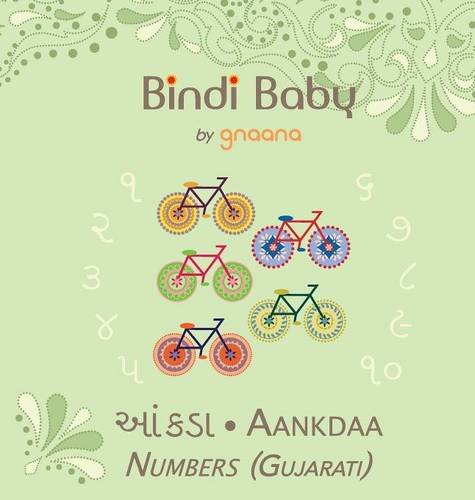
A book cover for Bindi Baby Numbers (Gujarati): A Counting Book for Gujarati Kids (Gujarati Edition); Aruna K. Hatti; Travel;